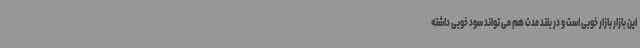
این بازار بازار خوبی است و در بلند مدت هم می تواند سود خوبی داشته